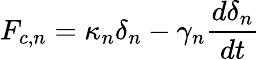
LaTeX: F_{c,n}=\kappa_{n}\delta_{n}-\gamma_{n}\frac{d\delta_{n}}{dt}